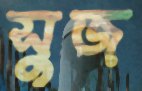
সুজ